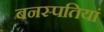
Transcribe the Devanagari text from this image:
बनस्पतियां